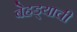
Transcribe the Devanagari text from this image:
बेहड्याची